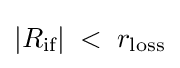
|R_{\text{if}}|\;<\;r_{\text{loss}}